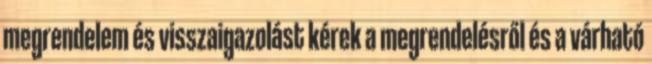
megrendelem és visszaigazolást kérek a megrendelésről és a várható